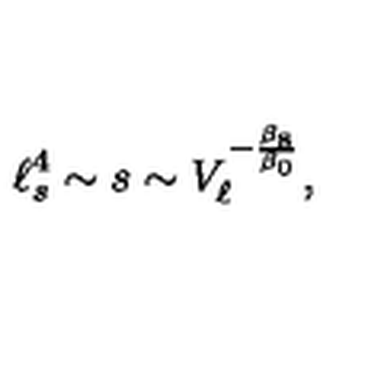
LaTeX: \ell _ { s } ^ { 4 } \sim s \sim V _ { \ell } ^ { - { \frac { \beta _ { 8 } } { \beta _ { 0 } } } } ,